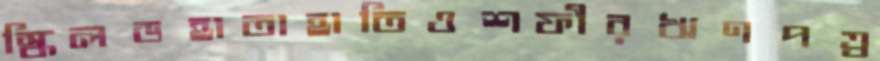
স্কিলডহাতাহাতিওশফীরঋণপত্র